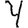
Digit: 4